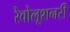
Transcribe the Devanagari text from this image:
रेवोलूशनरी